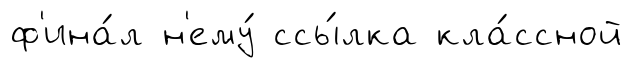
ф'ина́л н'ему́ ссы́лка кла́ссной